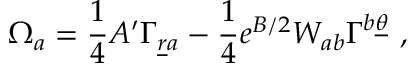
\Omega _ { a } = { \frac { 1 } { 4 } } A ^ { \prime } \Gamma _ { { \underline { { r } } } a } - { \frac { 1 } { 4 } } e ^ { B / 2 } W _ { a b } \Gamma ^ { b \underline { { \theta } } } ~ ,